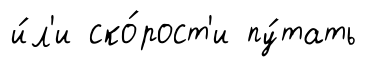
и́л'и ско́рост'и пу́тать